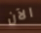
الآن